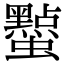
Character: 𮕔